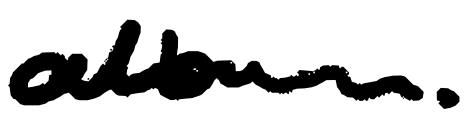
Text: album.
Cross-out: clean
Writing tool: digital_black